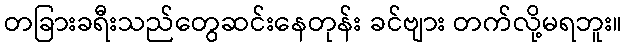
တခြားခရီးသည်တွေဆင်းနေတုန်း ခင်ဗျား တက်လို့မရဘူး။